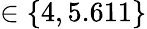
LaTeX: \in\{ 4,5.611\}